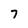
Character: 7